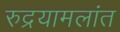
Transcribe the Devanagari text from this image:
रुद्रयामलांत